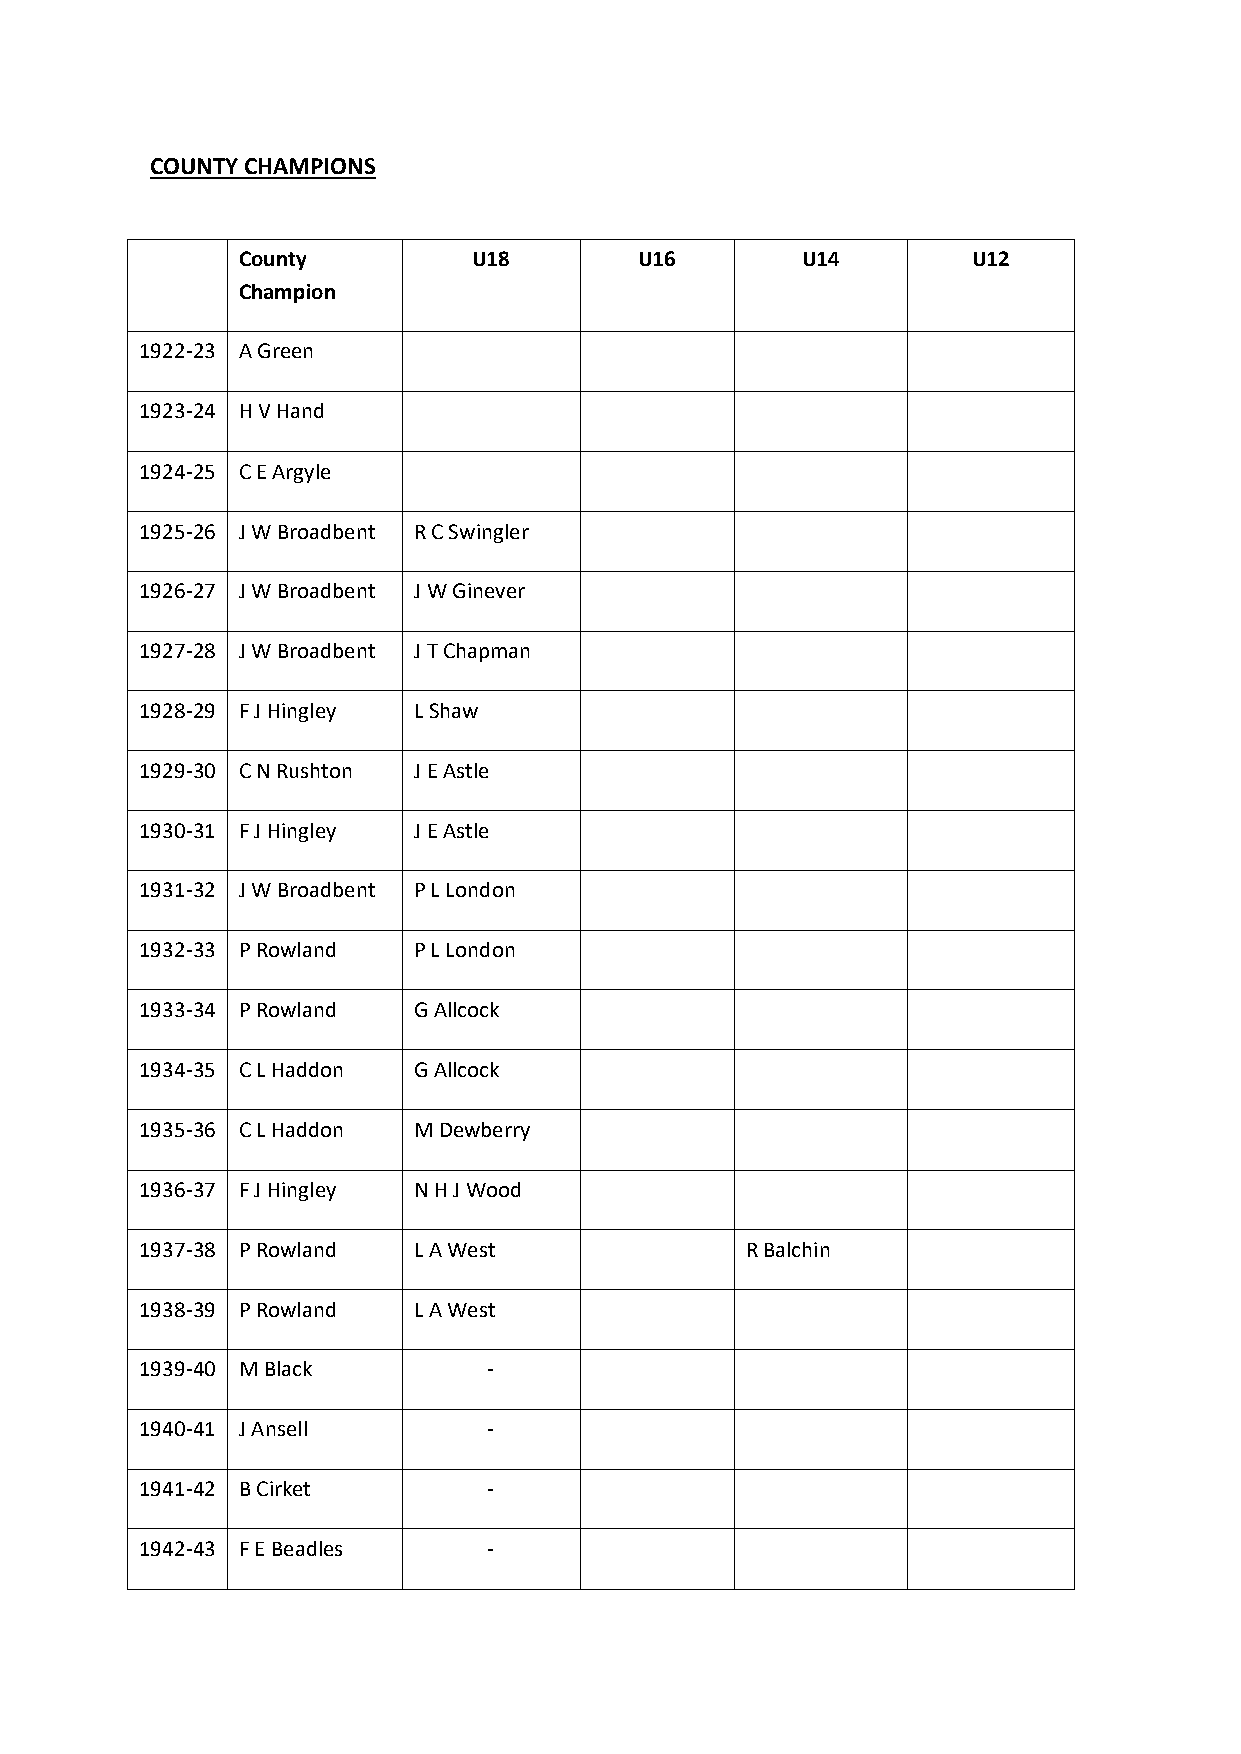
COUNTY CHAMPIONS
 County         U18        U16        U14        U12
 Champion
 1922-23 A Green
 1923-24 H V Hand
 1924-25 C E Argyle
 1925-26 J W Broadbent R C Swingler
 1926-27 J W Broadbent J W Ginever
 1927-28 J W Broadbent J T Chapman
 1928-29 F J Hingley L Shaw
 1929-30 C N Rushton J E Astle
 1930-31 F J Hingley J E Astle
 1931-32 J W Broadbent P L London
 1932-33 P Rowland P L London
 1933-34 P Rowland G Allcock
 1934-35 C L Haddon G Allcock
 1935-36 C L Haddon M Dewberry
 1936-37 F J Hingley N H J Wood
 1937-38 P Rowland L A West              R Balchin
 1938-39 P Rowland L A West
 1939-40 M Black        -
 1940-41 J Ansell       -
 1941-42 B Cirket       -
 1942-43 F E Beadles    -